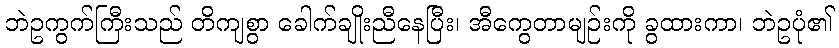
ဘဲဥကွက်ကြီးသည် တိကျစွာ ခေါက်ချိုးညီနေပြီး၊ အီကွေတာမျဉ်းကို ခွထားကာ၊ ဘဲဥပုံ၏